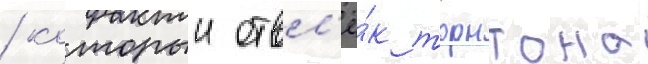
/ которыи отвл'ё́к торнтона